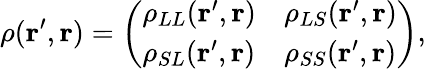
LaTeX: \rho(\mathbf{r^{\prime}},\mathbf{r})=\left(\begin{array}{ll}{\rho_{LL}(\mathbf{r^{\prime}},\mathbf{r})}&{\rho_{LS}(\mathbf{r^{\prime}},\mathbf{r})}\\ {\rho_{SL}(\mathbf{r^{\prime}},\mathbf{r})}&{\rho_{SS}(\mathbf{r^{\prime}},\mathbf{r})}\end{array}\right),